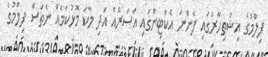
ފިލްމުގެ އިޝްތިހާރުގައި ފެންނަ އެކްޓިންގައި އަސަރެއް އަދި މާކަ މޮޅުކަމެއް ނެތަސް ފިލްމުގެ